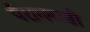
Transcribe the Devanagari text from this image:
पैराग्लासी